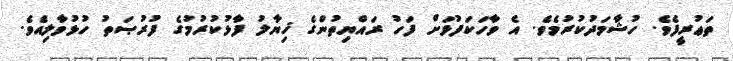
ތަޢުރީފެވެ. ހުޝާމަދުކުރުމެވެ. އެ ވާހަކަފުޅަށް ފަހު ރައްޔިތުންގެ ޚިޔާލު ފާޅުކުރުމުގެ ފުރުޞަތު ހުޅުވާލިއެވެ.